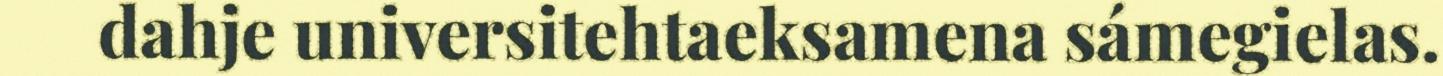
dahje universitehtaeksamena sámegielas.